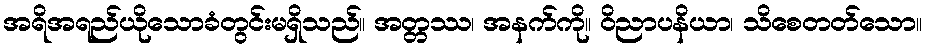
အရိအရည်ယိုသောခံတွင်းမရှိသည်။ အတ္တဿ၊ အနက်ကို။ ဝိညာပနိယာ၊ သိစေတတ်သော။